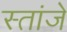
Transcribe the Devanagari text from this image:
स्तांजे